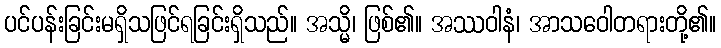
ပင်ပန်းခြင်းမရှိသဖြင်ရခြင်းရှိသည်။ အသ္မိ၊ ဖြစ်၏။ အဿဝါနံ၊ အာသဝေါတရားတို့၏။